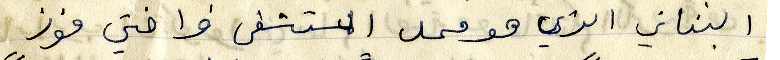
البناني هو محل المستشفى واختي فوز